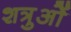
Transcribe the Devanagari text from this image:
शत्रुओें